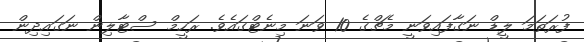
ފުރަތަމަ ލީޑް ނަގާފައިވަނީ މެޗްގެ 10 ވަނަ މިނެޓްގައެވެ. ރަހީމް ސްޓާލިން ނަގައިދިން